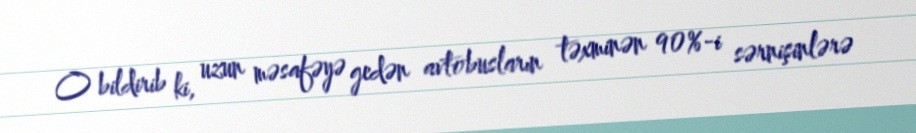
O bildirib ki, uzun məsafəyə gedən avtobusların təxminən 90%-i sərnişinlərə